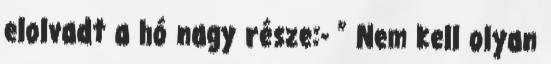
elolvadt a hó nagy része:- ” Nem kell olyan